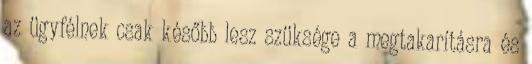
az ügyfélnek csak később lesz szüksége a megtakarításra és